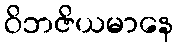
ဝိဘဇိယမာနေ